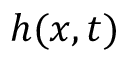
h ( x , t )